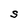
Character: S